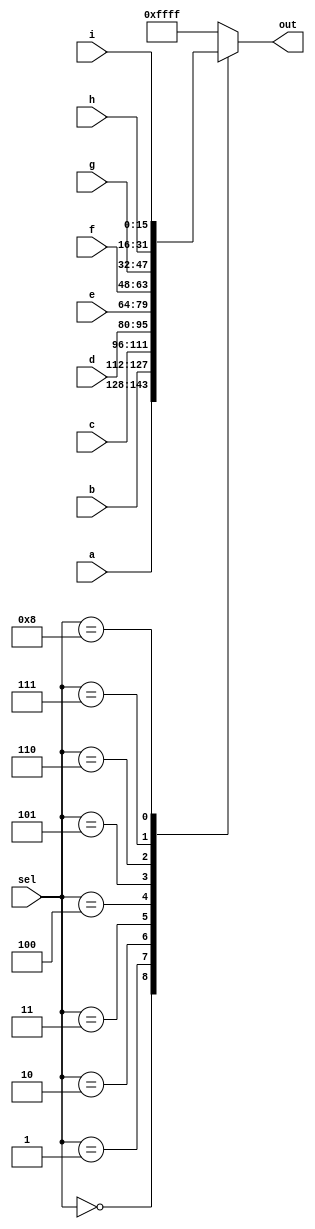
module top_module( 
    input [15:0] a, b, c, d, e, f, g, h, i,
    input [3:0] sel,
    output [15:0] out );
    
    always@(*) begin
        case(sel)
            4'd0: out = a;
            4'd1: out = b;
            4'd2: out = c;
            4'd3: out = d;
            4'd4: out = e;
            4'd5: out = f;
            4'd6: out = g;
            4'd7: out = h;
            4'd8: out = i;
            default: out = 16'b1111111111111111;
        endcase
    end

endmodule